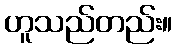
ဟူသည်တည်း။